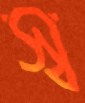
স্ব